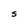
Character: S